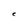
Character: C